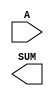
////////////////////////////////////////////////////////////////////////////////
//
//       This confidential and proprietary software may be used only
//     as authorized by a licensing agreement from Synopsys Inc.
//     In the event of publication, the following notice is applicable:
//
//                    (C) COPYRIGHT 1998 - 2016 SYNOPSYS INC.
//                           ALL RIGHTS RESERVED
//
//       The entire notice above must be reproduced on all authorized
//     copies.
//
//
// VERSION:   Simulation Architecture
//
// DesignWare_version: 4eafbe2a
// DesignWare_release: K-2015.06-DWBB_201506.5.2
//
////////////////////////////////////////////////////////////////////////////////
//-----------------------------------------------------------------------------------
//
// ABSTRACT:  Decrementer
//
// MODIFIED: 
//
//          Sheela      May 11,1995
//                      Converted from vhdl to verilog
//          GN 
//                      changed dw01 to DW01 star 33068
//
//           RPH        07/17/2002 
//                      Rewrote to comply with the new guidelines
//---------------------------------------------------------------------------

module DW01_dec (A,SUM);

  parameter width=4;
   
  // port list declaration in order   
  input   [ width-1: 0]     A;
   
  output  [ width-1: 0]     SUM;
   
   // synopsys translate_off
     
   //-------------------------------------------------------------------------
   // Parameter legality check
   //-------------------------------------------------------------------------

   
 
  initial begin : parameter_check
    integer param_err_flg;

    param_err_flg = 0;
    
   
    if (width < 1) begin
      param_err_flg = 1;
      $display(
	"ERROR: %m :\n  Invalid value (%d) for parameter width (lower bound: 1)",
	width );
    end
   
    if ( param_err_flg == 1) begin
      $display(
        "%m :\n  Simulation aborted due to invalid parameter value(s)");
      $finish;
    end

  end // parameter_check 


   assign SUM = ((^(A ^ A) !== 1'b0) ) ? {width{1'bx}} : A+{width{1'b1}};
   
   // synopsys translate_on

endmodule // DW01_dec;